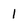
Character: 1